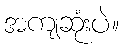
အကျဆုံးပဲ။